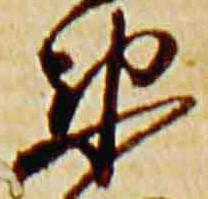
衛